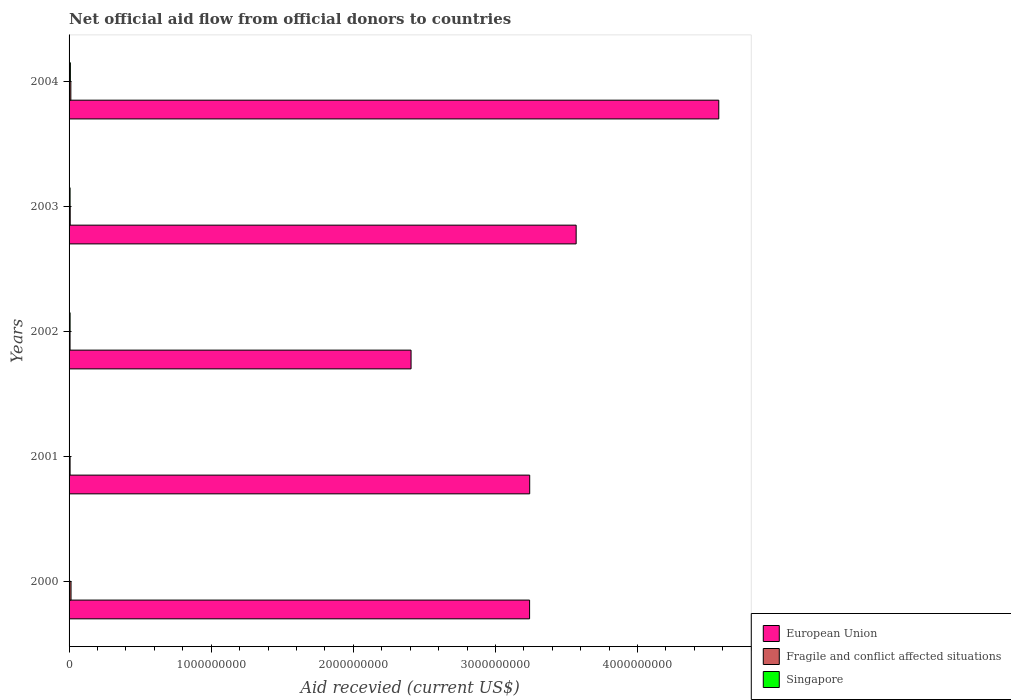
| Years | European Union | Fragile and conflict affected situations | Singapore |
 | --- | --- | --- | --- |
 | 2000 | 3.24e+09 | 1.38e+07 | 1.09e+06 |
 | 2001 | 3.24e+09 | 7.14e+06 | 8.5e+05 |
 | 2002 | 2.41e+09 | 6.88e+06 | 7.19e+06 |
 | 2003 | 3.57e+09 | 7.95e+06 | 7.07e+06 |
 | 2004 | 4.57e+09 | 1.24e+07 | 9.14e+06 |